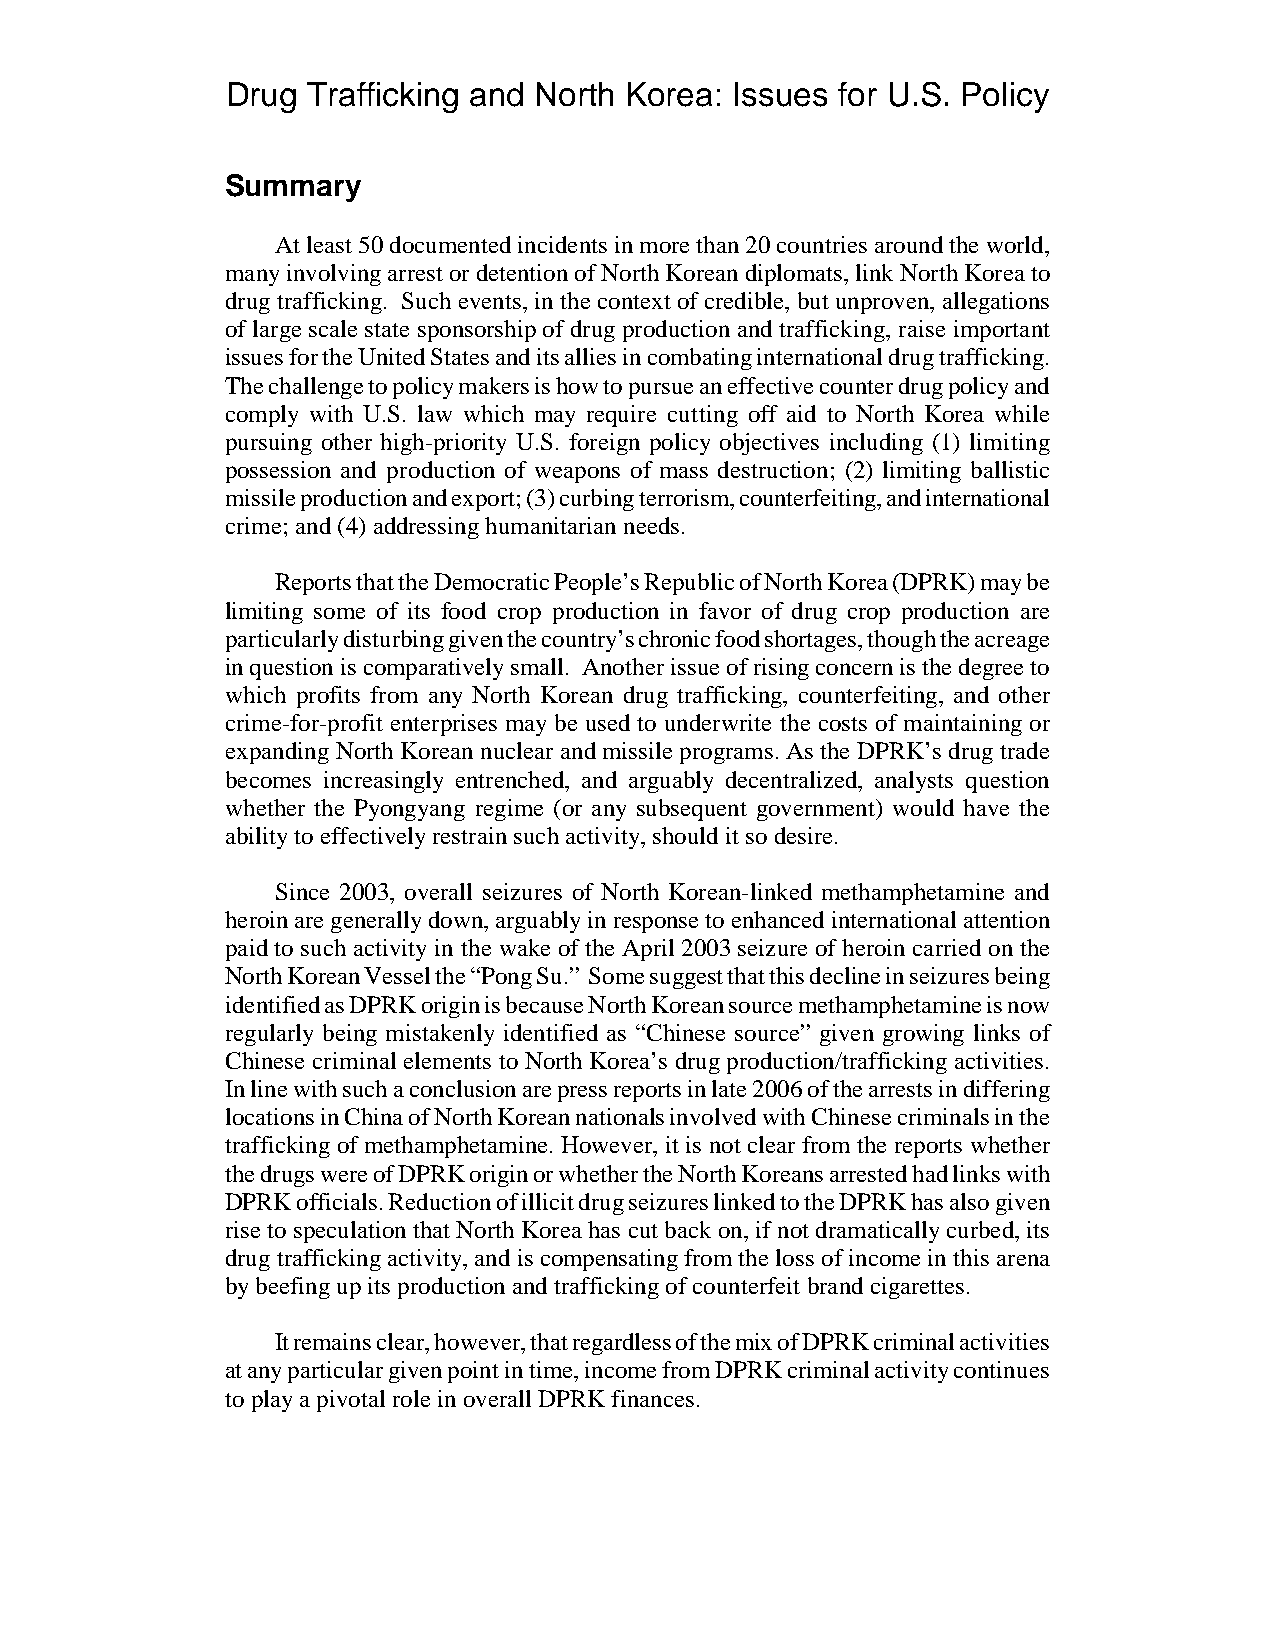
Drug Trafficking and North Korea: Issues for U.S. Policy
 Summary
 At least 50 documented incidents in more than 20 countries around the world,
 many involving arrest or detention of North Korean diplomats, link North Korea to
 drug trafficking. Such events, in the context of credible, but unproven, allegations
 of large scale state sponsorship of drug production and trafficking, raise important
 issues for the United States and its allies in combating international drug trafficking.
 The challenge to policy makers is how to pursue an effective counter drug policy and
 comply with U.S. law which may require cutting off aid to North Korea while
 pursuing other high-priority U.S. foreign policy objectives including (1) limiting
 possession and production of weapons of mass destruction; (2) limiting ballistic
 missile production and export; (3) curbing terrorism, counterfeiting, and international
 crime; and (4) addressing humanitarian needs.
 Reports that the Democratic People’s Republic of North Korea (DPRK) may be
 limiting some of its food crop production in favor of drug crop production are
 particularly disturbing given the country’s chronic food shortages, though the acreage
 in question is comparatively small. Another issue of rising concern is the degree to
 which profits from any North Korean drug trafficking, counterfeiting, and other
 crime-for-profit enterprises may be used to underwrite the costs of maintaining or
 expanding North Korean nuclear and missile programs. As the DPRK’s drug trade
 becomes increasingly entrenched, and arguably decentralized, analysts question
 whether the Pyongyang regime (or any subsequent government) would have the
 ability to effectively restrain such activity, should it so desire.
 Since 2003, overall seizures of North Korean-linked methamphetamine and
 heroin are generally down, arguably in response to enhanced international attention
 paid to such activity in the wake of the April 2003 seizure of heroin carried on the
 North Korean Vessel the “Pong Su.” Some suggest that this decline in seizures being
 identified as DPRK origin is because North Korean source methamphetamine is now
 regularly being mistakenly identified as “Chinese source” given growing links of
 Chinese criminal elements to North Korea’s drug production/trafficking activities.
 In line with such a conclusion are press reports in late 2006 of the arrests in differing
 locations in China of North Korean nationals involved with Chinese criminals in the
 trafficking of methamphetamine. However, it is not clear from the reports whether
 the drugs were of DPRK origin or whether the North Koreans arrested had links with
 DPRK officials. Reduction of illicit drug seizures linked to the DPRK has also given
 rise to speculation that North Korea has cut back on, if not dramatically curbed, its
 drug trafficking activity, and is compensating from the loss of income in this arena
 by beefing up its production and trafficking of counterfeit brand cigarettes.
 It remains clear, however, that regardless of the mix of DPRK criminal activities
 at any particular given point in time, income from DPRK criminal activity continues
 to play a pivotal role in overall DPRK finances.